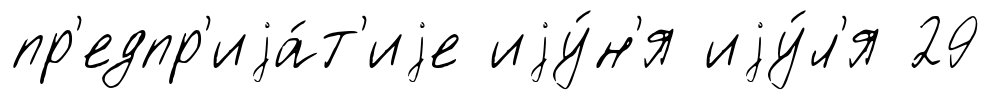
пр'едпр'иjа́т'иjе иjу́н'я иjу́л'я 29